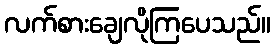
လက်စားချေလိုကြပေသည်။